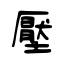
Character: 壓